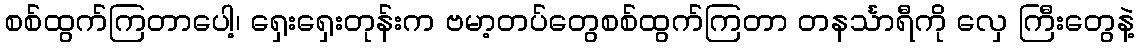
စစ်ထွက်ကြတာပေါ့၊ ရှေးရှေးတုန်းက ဗမာ့တပ်တွေစစ်ထွက်ကြတာ တနင်္သာရီကို လှေ ကြီးတွေနဲ့